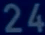
24